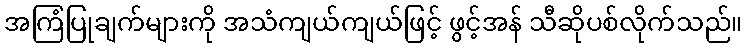
အကြံပြုချက်များကို အသံကျယ်ကျယ်ဖြင့် ဖွင့်အန် သီဆိုပစ်လိုက်သည်။